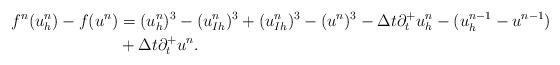
LaTeX: \begin{align*}f^n(u_h^n)-f(u^n)&=(u_h^n)^3-(u_{Ih}^n)^3+ (u_{Ih}^n)^3-(u^n)^3-\Delta t \partial_t^+u_h^n-(u_h^{n-1}-u^{n-1})\\&+\Delta t \partial_t^+u^n.\end{align*}